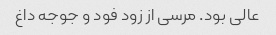
عالی بود. مرسی از زود فود و جوجه داغ